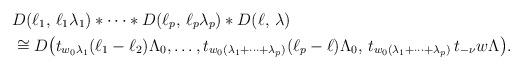
LaTeX: \begin{align*}&D(\ell_1,\,\ell_1\lambda_1)*\cdots * D(\ell_p,\,\ell_p\lambda_p) * D(\ell,\,\lambda)\\&\cong D\big( t_{w_0\lambda_1}(\ell_1-\ell_2)\Lambda_0,\ldots,t_{w_0(\lambda_1+\cdots+\lambda_p)}(\ell_p-\ell)\Lambda_0,\,t_{w_0(\lambda_1+\cdots+\lambda_p)}\,t_{-\nu}w\Lambda\big).\end{align*}